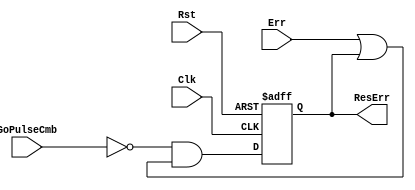
module fact_res_err_reg(
    input Clk, Rst, GoPulseCmb, Err,
    output reg ResErr
    );
    
    always @ (posedge Clk, posedge Rst) begin
    if (Rst)
        ResErr <= 1'b0;
    else
        ResErr <= (~GoPulseCmb) & (Err | ResErr);
    end
endmodule